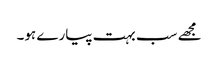
مجھے سب بہت پیارے ہو۔